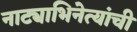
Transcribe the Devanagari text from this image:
नाट्याभिनेत्यांची